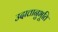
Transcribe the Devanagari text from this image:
उदात्तानुभूति